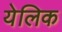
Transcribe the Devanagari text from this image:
येलिक